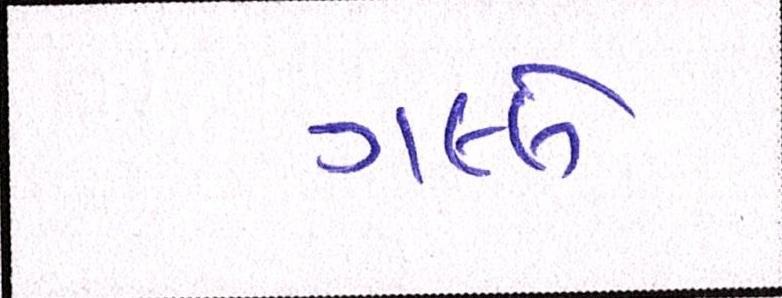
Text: ગલ્લે